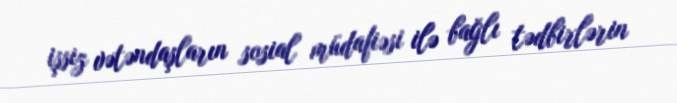
işsiz vətəndaşların sosial müdafiəsi ilə bağlı tədbirlərin